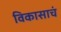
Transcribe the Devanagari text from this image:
विकासाचं